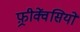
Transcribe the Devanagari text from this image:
फ़्रीक्वेंसियों